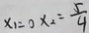
x _ { 1 } = 0 x _ { 2 } = \frac { 5 } { 4 }